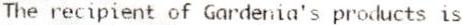
THE RECIPIENT OF GARDENIA'S PRODUCTS IS